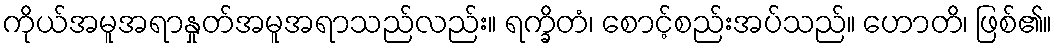
ကိုယ်အမူအရာနှုတ်အမူအရာသည်လည်း။ ရက္ခိတံ၊ စောင့်စည်းအပ်သည်။ ဟောတိ၊ ဖြစ်၏။